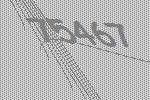
75467